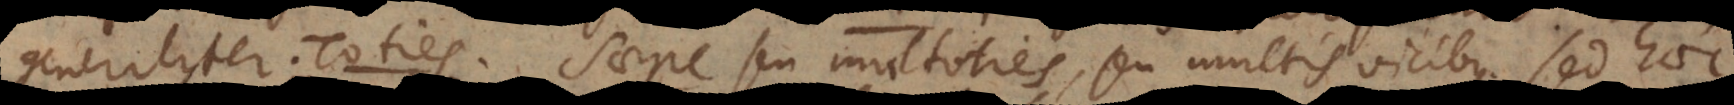
generaliter: Toties. Saepe seu multoties, seu multis vicibus. Adverbia